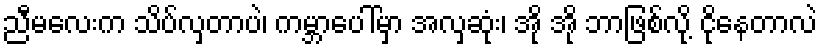
ညီမလေးက သိပ်လှတာပဲ၊ ကမ္ဘာပေါ်မှာ အလှဆုံး၊ အို အို ဘာဖြစ်လို့ ငိုနေတာလဲ